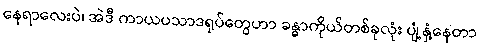
နေရာလေးပဲ၊ အဲဒီ ကာယပသာဒရုပ်တွေဟာ ခန္ဓာကိုယ်တစ်ခုလုံး ပျံ့နှံ့နေတာ